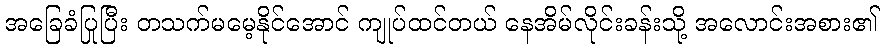
အခြေခံပြုပြီး တသက်မမေ့နိုင်အောင် ကျုပ်ထင်တယ် နေအိမ်လိုင်းခန်းသို့ အလောင်းအစား၏